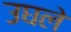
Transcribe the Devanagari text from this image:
उघले